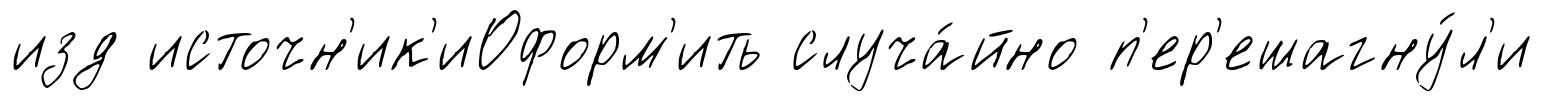
изд источн'ик'иОформ'ить случа́йно п'ер'ешагну́л'и